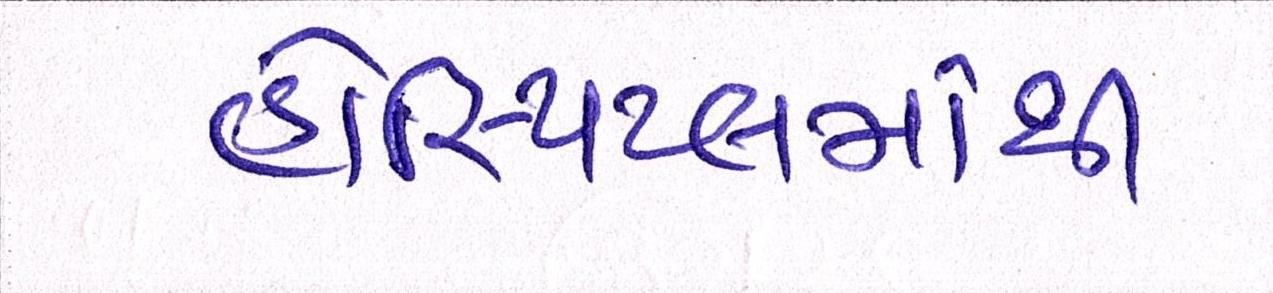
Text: હોસ્પિટલમાંથી